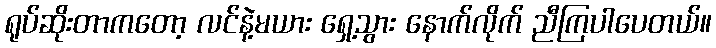
ရုပ်ဆိုးတာကတော့ လင်နဲ့မယား ရှေ့သွား နောက်လိုက် ညီကြပါပေတယ်။